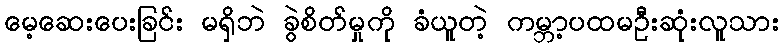
မေ့ဆေးပေးခြင်း မရှိဘဲ ခွဲစိတ်မှုကို ခံယူတဲ့ ကမ္ဘာ့ပထမဦးဆုံးလူသား